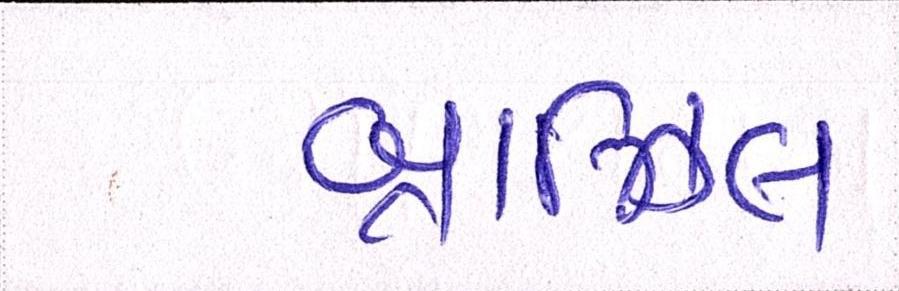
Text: બ્રાઝિલ